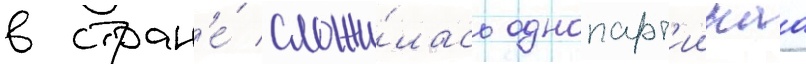
в стран'е́ сложи́лась однопарт'иинаа